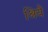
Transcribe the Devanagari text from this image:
श्रियै